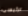
الرئيسى